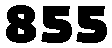
855